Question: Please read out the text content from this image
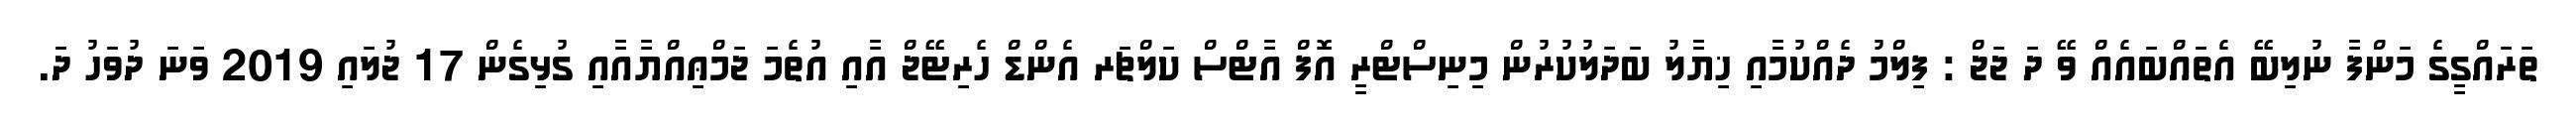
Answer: ތަރައްގީގެ މަންފާ ނުލިބޭ އެތައްބައެއް ވޭ ދަ ޖަޖް : ފިލްމު ދެއްކުމާއި ޚިޔާލު ބަދަލުކުރުން މިނިސްޓްރީ އޮފް އާޓްސް ކަލްޗަރ އެންޑް ހެރިޓޭޖް އާއި އުތެމަ ޖަމްޢިއްޔާއާއި ގުޅިގެން 17 ޖުލައި 2019 ވަނަ ދުވަހު ދަ.